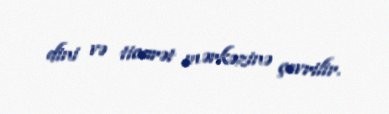
dini və ticarət mərkəzinə çevrilir.